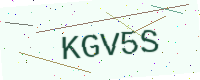
Text: KGV5S